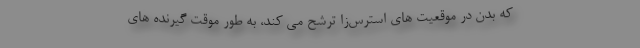
که بدن در موقعیت های استرس‌زا ترشح می کند، به طور موقت گیرنده های